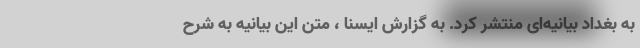
به بغداد بیانیه‌ای منتشر کرد. به گزارش ایسنا ، متن این بیانیه به شرح